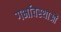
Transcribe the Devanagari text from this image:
गर्भावस्‍थाओं